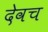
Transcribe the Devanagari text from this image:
देवच